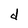
Character: d